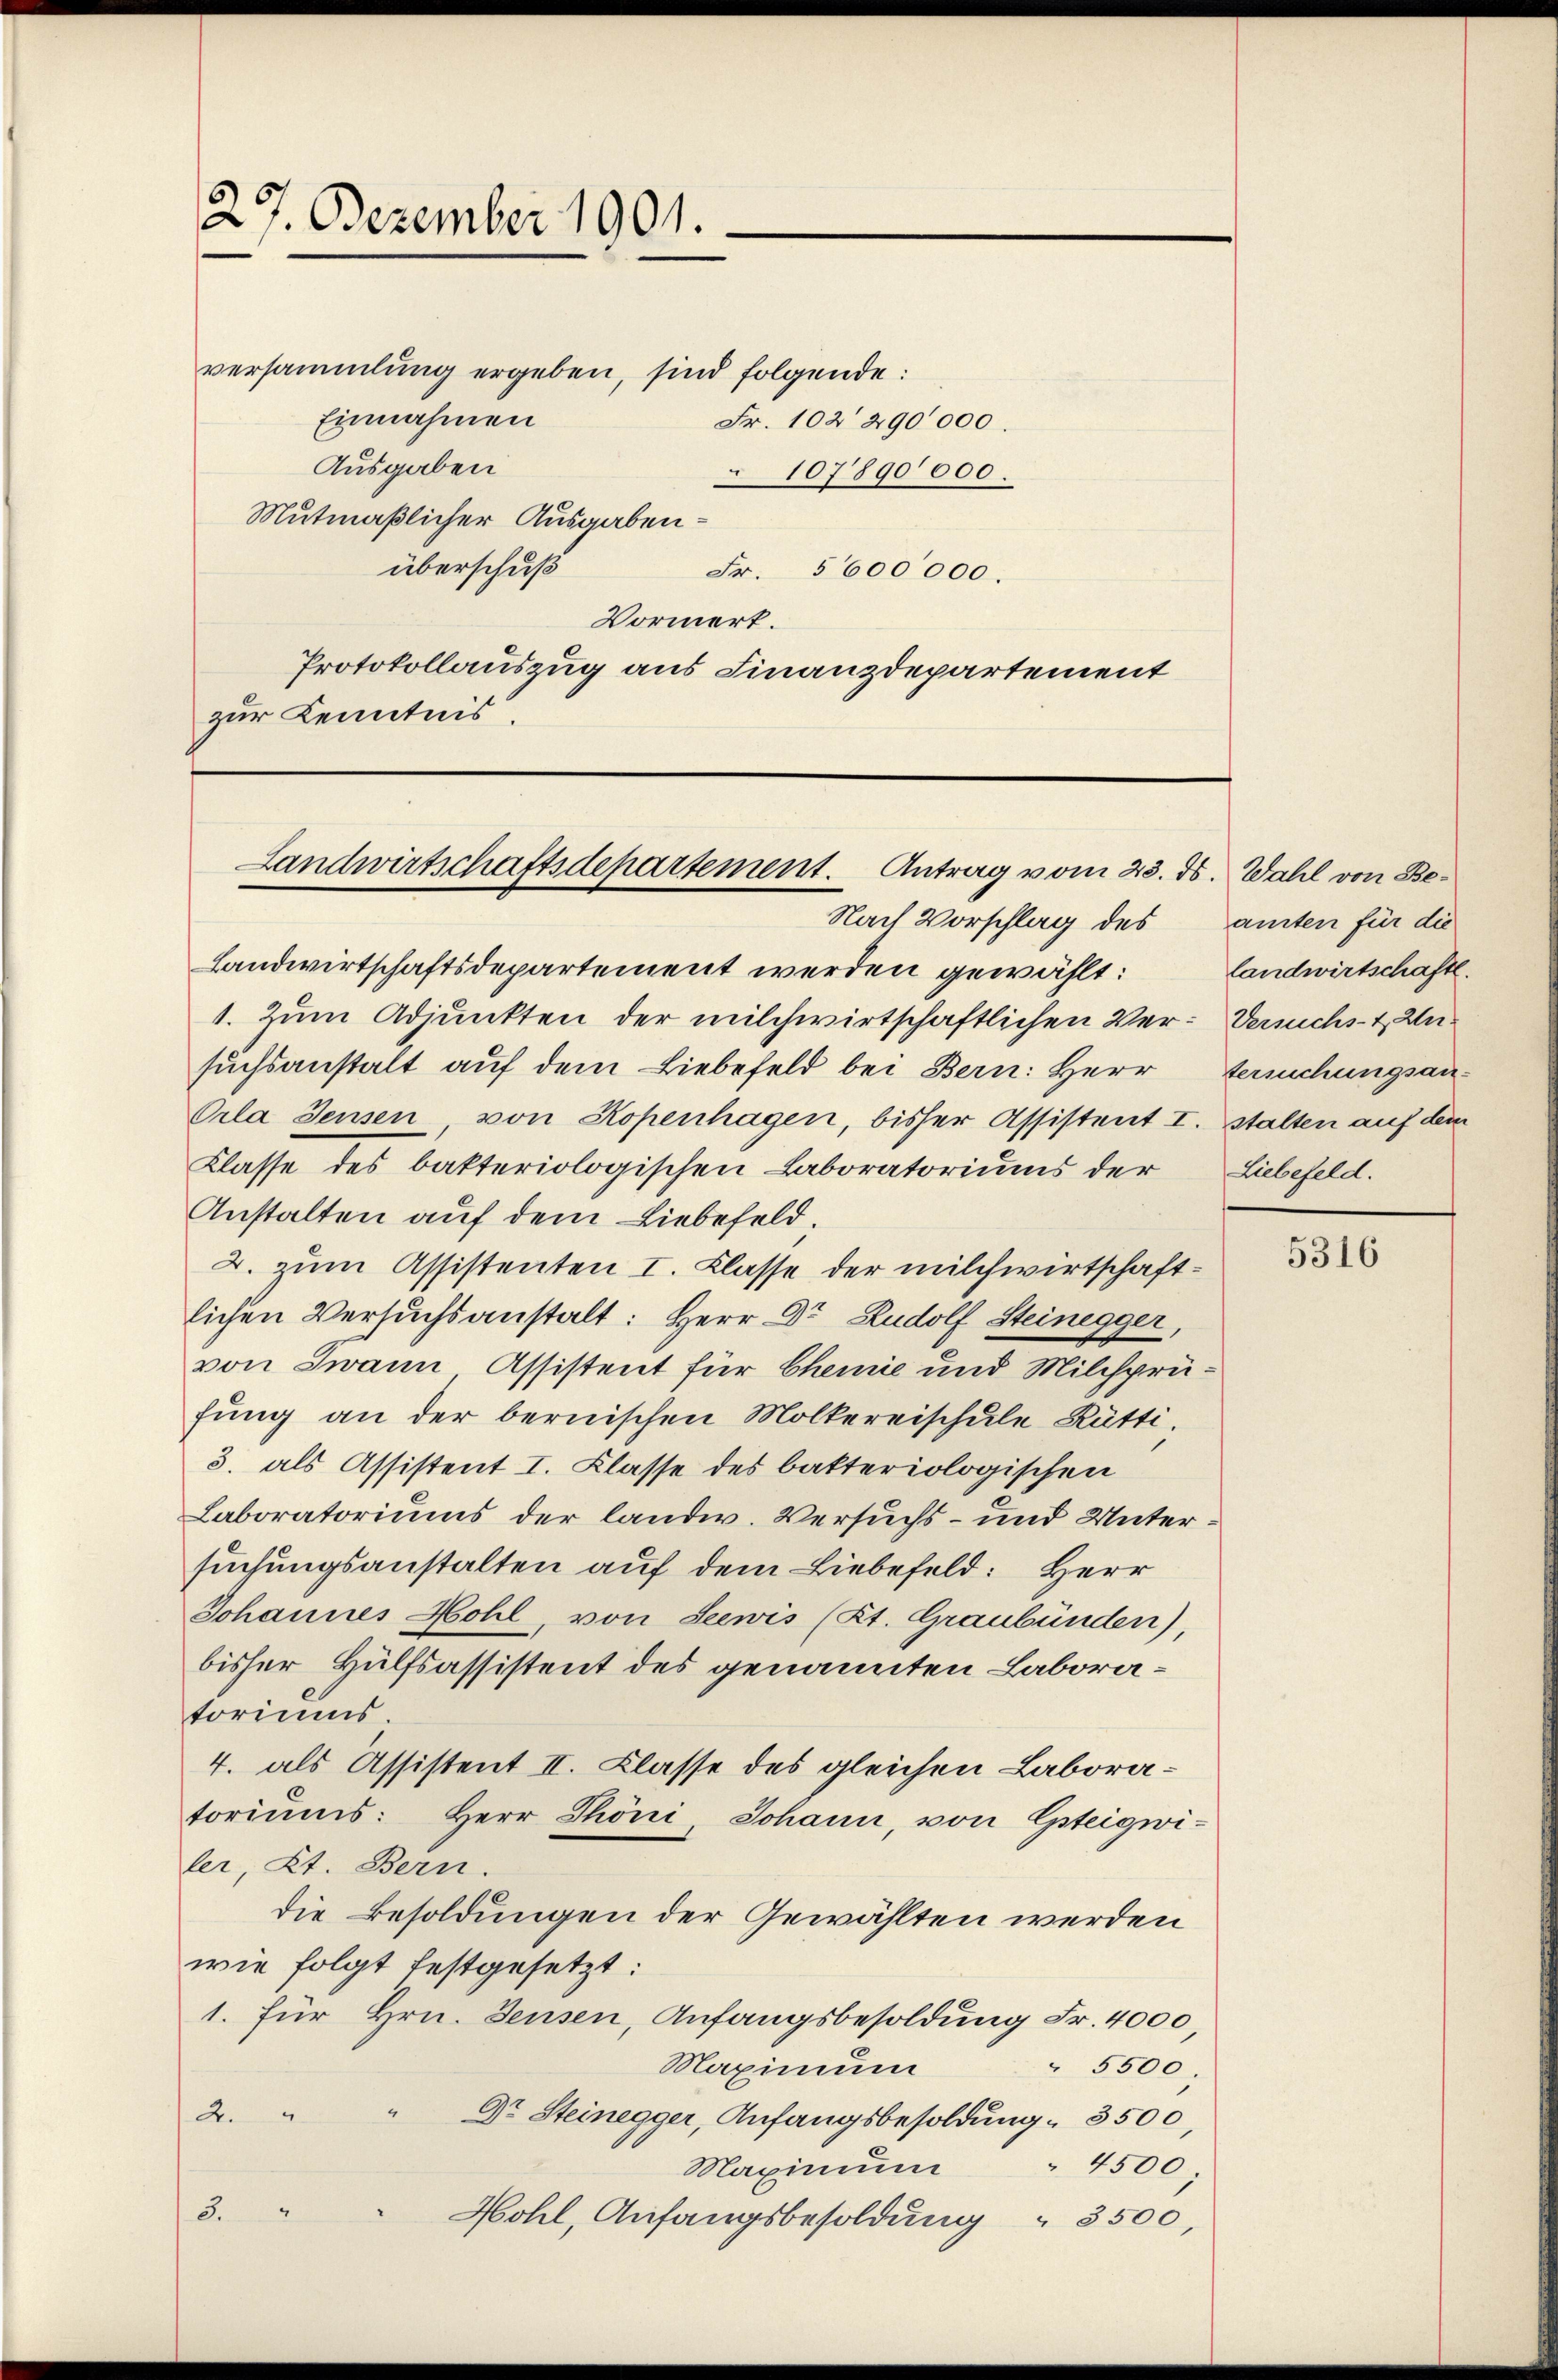
27. Dezember 1901.

versammlung ergeben, sind folgende:
Einnahmen
Fr. 102 290,000.
Ausgaben
107890000.
Mutmaßlicher Ausgabenüberschuß
Fr. 5600000.
Vormerk.
Protokollauszug aus Finanzdepartement
zur Kenntnis.

Landwirtschaftsdepartement. Antrag vom 23. ds. Wahl von Be¬

Landwirtschaftsdepartement werden gewählt: Landwirtschaft.
1. Zum Adjunkten der milchwirtschaftlichen Ver- Versuchs- & Unsuchsanstalt auf dem Liebefeld bei Bern: Herr Verschungsan¬
Orla Jensen von Kopenhagen, bisher Assistent I. stalten auf dem
Klasse des bakteriologischen Laboratoriums der Liebefeld.
Anstalten auf dem Liebefeld
2. zum Assistenten I. Klasse der milchwirtschaftlichen Versuchsanstalt: Herr Dr. Rudolf Steinegger,
von Twann Assistent für Chemie und Milchprüfung an der bernischen Mölkereischule Rütti.
3. als Assistent I. Klasse des bakteriologischen
Laboratoriums der landw. Versuchs- und Untersuchungsanstalten auf dem Liebefeld: Herr
Johannes Hohl, von Seewis (Kt. Graubünden),
bisher Hülfsassistent des genannten Laboratoriums.
4. als Assistent II. Classe des gleichen Laboratoriums: Herr Thöni, Johann, von Gsteigwi-
ler, Kt. Bern.
die Besoldungen der Gewählten werden
wie folgt festgesetzt:
1. für Hrn. Jensen, Anfangsbesoldung Fr. 4000,
" 5500.
Maximum
2. " " Dr. Steinegger, Anfangsbesoldung 3500,
 4500;
Maximum
3. " " Hohl, Anfangsbesoldung
" 3500,

Nach Vorschlag des amten für die

5316